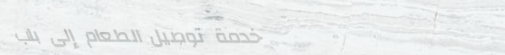
خدمة توصيل الطعام إلى باب